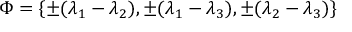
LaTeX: \Phi = \{ \pm ( \lambda _ { 1 } - \lambda _ { 2 } ) , \pm ( \lambda _ { 1 } - \lambda _ { 3 } ) , \pm ( \lambda _ { 2 } - \lambda _ { 3 } ) \}